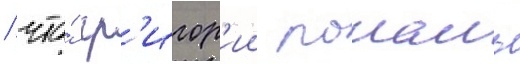
/ что́ гр'игор'ии рошаль